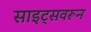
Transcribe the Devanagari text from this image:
साइट्सवरून